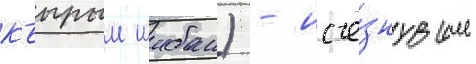
къырым шибан) - исче́знувшее